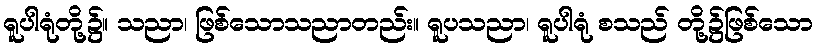
ရူပါရုံတို့၌။ သညာ၊ ဖြစ်သောသညာတည်း။ ရူပသညာ၊ ရူပါရုံ စသည် တို့၌ဖြစ်သော